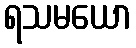
ရသမယော